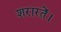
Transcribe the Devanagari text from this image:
शरारतें।